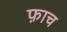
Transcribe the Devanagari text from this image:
फ़ाच